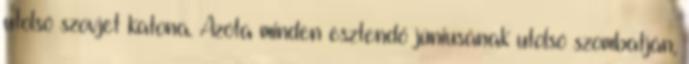
utolsó szovjet katona. Azóta minden esztendő júniusának utolsó szombatján,